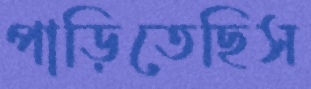
পাড়িতেছিস